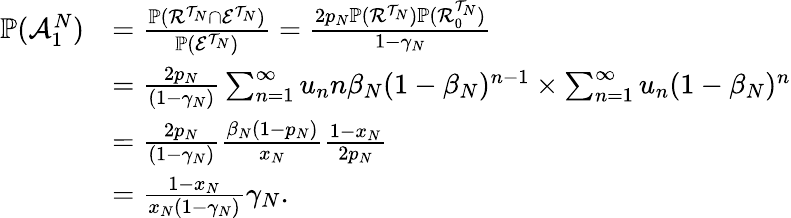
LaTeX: \begin{array}{rl}{\mathbb{P}(\mathcal{A}_{1}^{N})}&{=\frac{\mathbb{P}(\mathcal{R}^{\mathcal{T}_{N}}\cap\mathcal{E}^{\mathcal{T}_{N}})}{\mathbb{P}(\mathcal{E}^{\mathcal{T}_{N}})}=\frac{2p_{N}\mathbb{P}(\mathcal{R}^{\mathcal{T}_{N}})\mathbb{P}(\mathcal{R}_{0}^{\mathcal{T}_{N}})}{1-\gamma_{N}}}\\ &{=\frac{2p_{N}}{(1-\gamma_{N})}\sum_{n=1}^{\infty}u_{n}n\beta_{N}(1-\beta_{N})^{n-1}\times\sum_{n=1}^{\infty}u_{n}(1-\beta_{N})^{n}}\\ &{=\frac{2p_{N}}{(1-\gamma_{N})}\frac{\beta_{N}(1-p_{N})}{x_{N}}\frac{1-x_{N}}{2p_{N}}}\\ &{=\frac{1-x_{N}}{x_{N}(1-\gamma_{N})}\gamma_{N}.}\end{array}